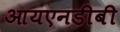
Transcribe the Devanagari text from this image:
आयएनडीबी